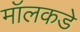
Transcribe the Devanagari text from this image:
मॉलकडे